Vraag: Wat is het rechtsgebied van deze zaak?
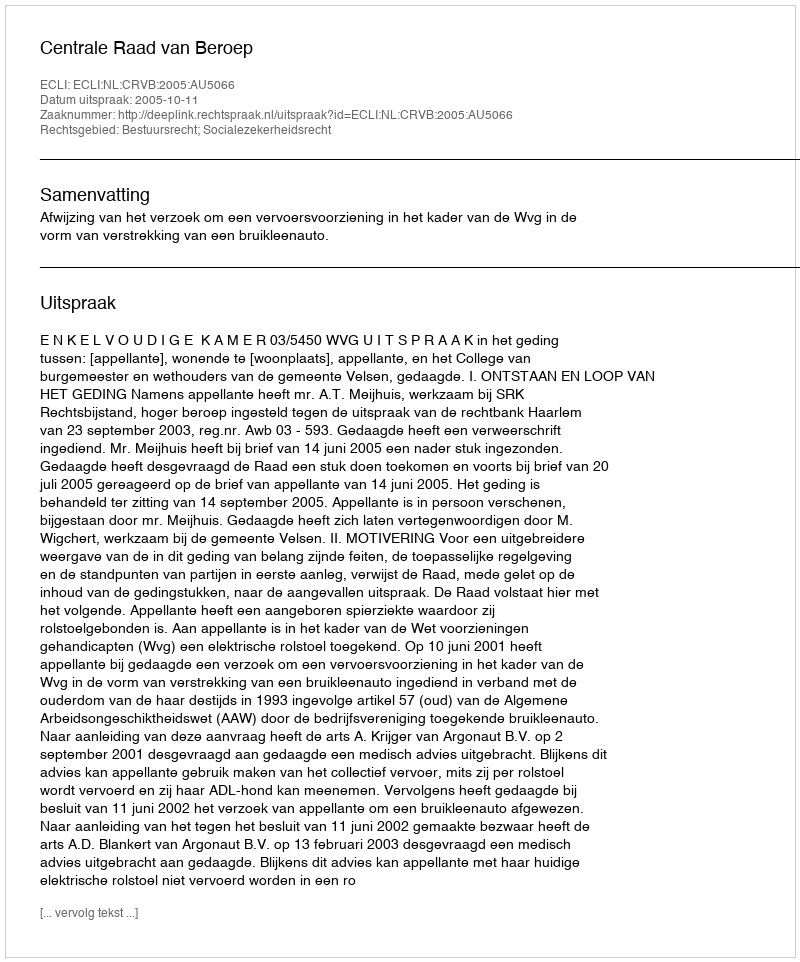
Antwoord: Bestuursrecht; Socialezekerheidsrecht